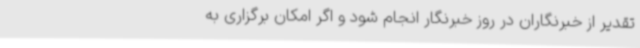
تقدیر از خبرنگاران در روز خبرنگار انجام شود و اگر امکان برگزاری به